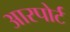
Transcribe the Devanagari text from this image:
आरपोर्ट